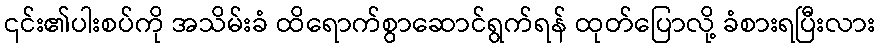
၎င်း၏ပါးစပ်ကို အသိမ်းခံ ထိရောက်စွာဆောင်ရွက်ရန် ထုတ်ပြောလို့ ခံစားရပြီးလား